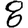
Digit: 8